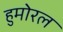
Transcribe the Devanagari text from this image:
हुमोरल